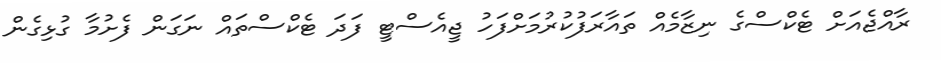
ރާއްޖެއަށް ޓެކްސްގެ ނިޒާމެއް ތައާރަފުކުރުމަށްފަހު ޖީއެސްޓީ ފަދަ ޓެކްސްތައް ނަގަން ފެށުމާ ގުޅިގެން